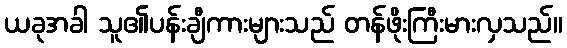
ယခုအခါ သူ၏ပန်းချီကားများသည် တန်ဖိုးကြီးမားလှသည်။